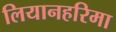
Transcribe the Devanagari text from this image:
लियानहरिमा